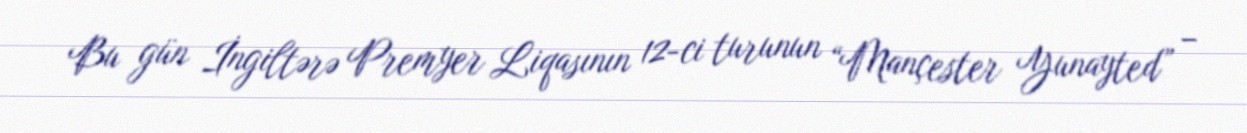
Bu gün İngiltərə Premyer Liqasının 12-ci turunun “Mançester Yunayted” –